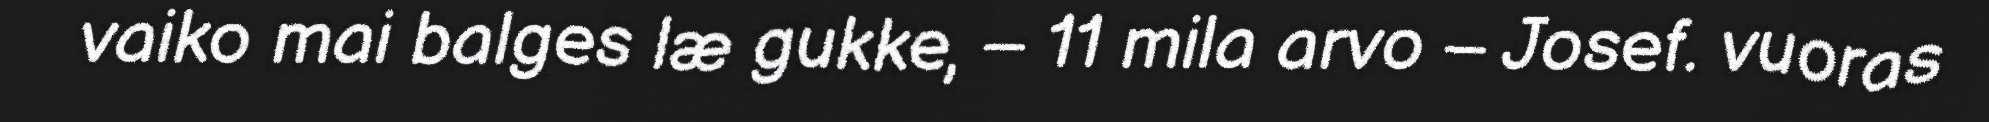
vaiko mai balges læ gukke, – 11 mila arvo – Josef. vuoras